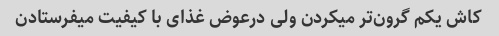
کاش یکم گرون‌تر میکردن ولی درعوض غذای با کیفیت میفرستادن